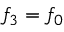
f _ { 3 } = f _ { 0 }